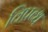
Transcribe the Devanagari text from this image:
विप्रब्ध